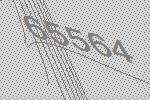
65564